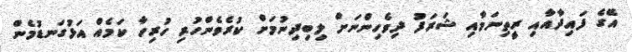
އޭގެ ފައިދާއާއި ރީތިނަމާއި ޝަރަފު ދިވެހިންނަށް ލިބިދިނުމަށް ކުރެވެންހުރި ހުރިހާ ކަމެއް އަޅުގަނޑުމެން